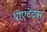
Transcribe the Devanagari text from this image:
थीएटेटस